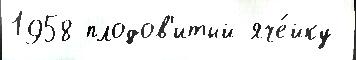
1958 плодов'итый яче́йку